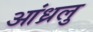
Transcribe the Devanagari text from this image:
आंध्रलु